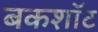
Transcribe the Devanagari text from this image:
बकशॉट